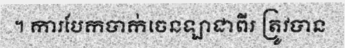
។ ការបែកបាក់ចេនឡាជាពីរ ត្រូវបាន